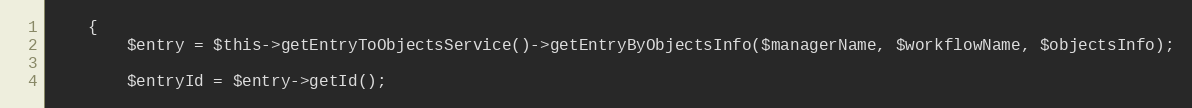
Language: PHP
    {
        $entry = $this->getEntryToObjectsService()->getEntryByObjectsInfo($managerName, $workflowName, $objectsInfo);

        $entryId = $entry->getId();